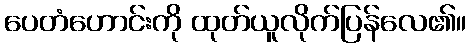
ပေတံဟောင်းကို ထုတ်ယူလိုက်ပြန်လေ၏။